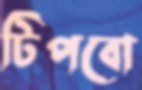
টিপবো